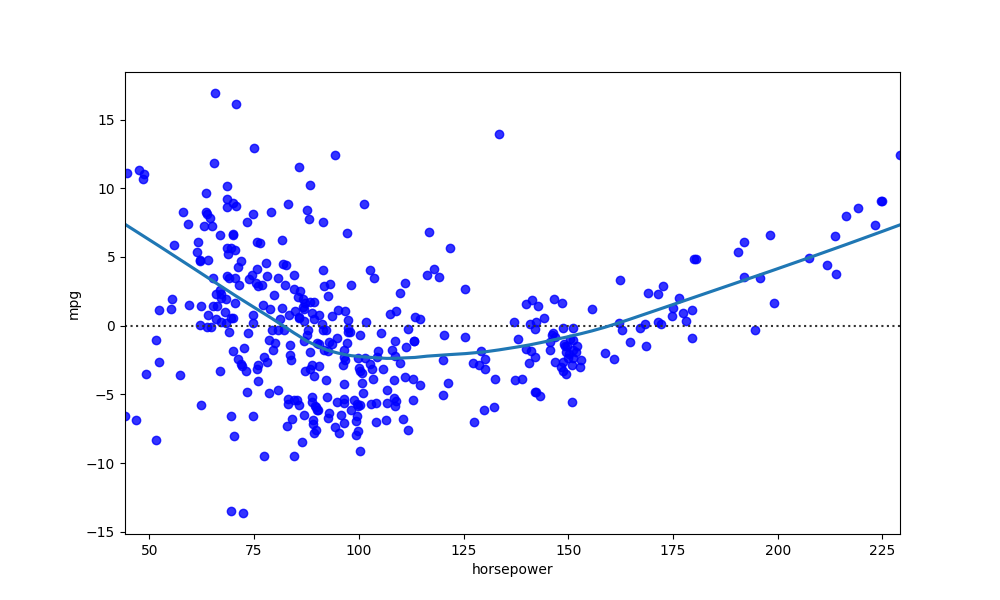
python, seaborn, residplot, lowess=True, scatter_color=blue